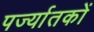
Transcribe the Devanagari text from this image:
पर्ज्यातकों